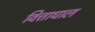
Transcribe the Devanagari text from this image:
वित्ताधाल